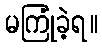
မကြုံခဲ့ရ။